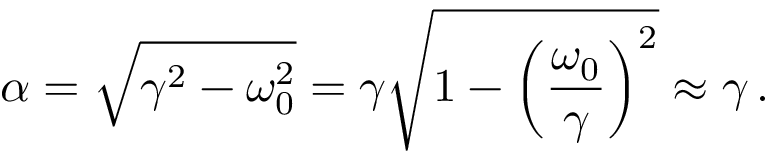
\alpha = \sqrt { \gamma ^ { 2 } - \omega _ { 0 } ^ { 2 } } = \gamma \sqrt { 1 - \left( \frac { \omega _ { 0 } } { \gamma } \right) ^ { 2 } } \approx \gamma \, .